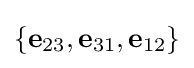
\{\mathbf {e} _{23},\mathbf {e} _{31},\mathbf {e} _{12}\}